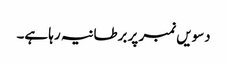
دسویں نمبر پر برطانیہ رہا ہے۔